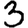
Digit: 3